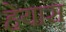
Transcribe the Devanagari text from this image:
हेयास